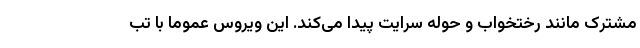
مشترک مانند رختخواب و حوله سرایت پیدا می‌کند. این ویروس عموما با تب